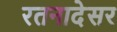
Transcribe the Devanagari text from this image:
रतनादेसर